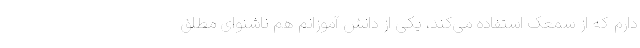
دارم که از سمعک استفاده می‌کند، یکی از دانش آموزانم هم ناشنوای مطلق